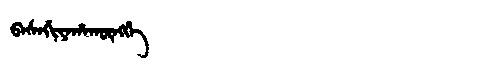
Manchu: ᠪᠠᠰᠠᡤᡳᠶᠠᡥᠠᡴᡡᠩᡤᡝ
Romanization: BASAGIYAHAKŪNGGE